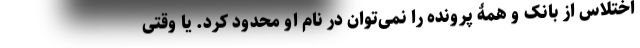
اختلاس از بانک و همۀ پرونده را نمی‌توان در نام او محدود کرد. یا وقتی